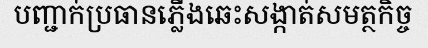
បញ្ជាក់ប្រធានភ្លើងឆេះសង្កាត់សមត្ថកិច្ច